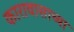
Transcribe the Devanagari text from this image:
कारावासाच्या